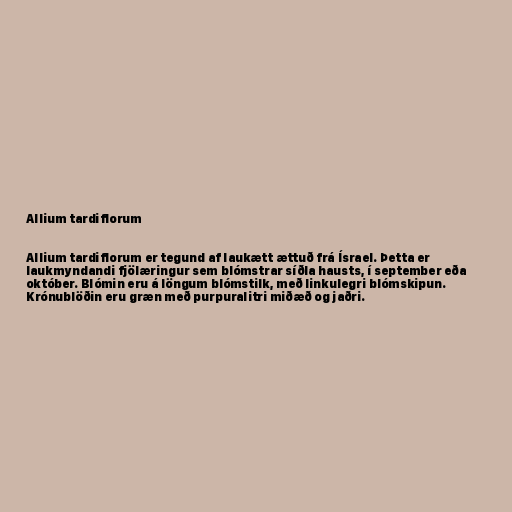
Allium tardiflorum

Allium tardiflorum er tegund af laukætt ættuð frá Ísrael. Þetta er
laukmyndandi fjölæringur sem blómstrar síðla hausts, í september eða
október. Blómin eru á löngum blómstilk, með linkulegri blómskipun.
Krónublöðin eru græn með purpuralitri miðæð og jaðri.